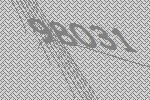
98031